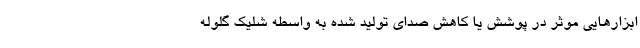
ابزارهایی موثر در پوشش یا کاهش صدای تولید شده به واسطه شلیک گلوله